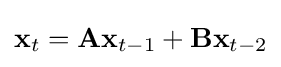
\mathbf {x} _{t}=\mathbf {Ax} _{t-1}+\mathbf {Bx} _{t-2}